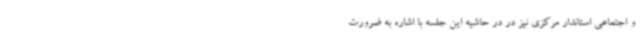
و اجتماعی استاندار مرکزی نیز در در حاشیه این جلسه با اشاره به ضرورت